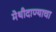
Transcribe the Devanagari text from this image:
मेथीदाण्याचा